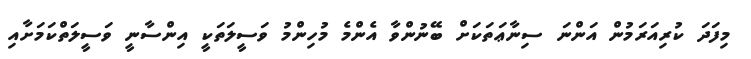
މިފަދަ ކުރިއަރަމުން އަންނަ ސިނާޢަތަކަށް ބޭނުންވާ އެންމެ މުހިންމު ވަސީލަތަކީ އިންސާނީ ވަސީލަތްކަމަށާއި